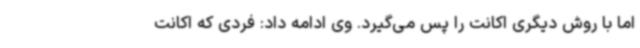
اما با روش دیگری اکانت را پس می‌گیرد. وی ادامه داد: فردی که اکانت